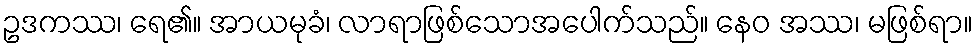
ဥဒကဿ၊ ရေ၏။ အာယမုခံ၊ လာရာဖြစ်သောအပေါက်သည်။ နေဝ အဿ၊ မဖြစ်ရာ။